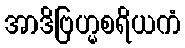
အာဒိဗြဟ္မစရိယကံ